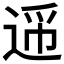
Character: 𬨪